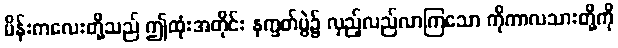
မိန်းကလေးတို့သည် ဤထုံးအတိုင်း နက္ခတ်ပွဲ၌ လှည့်လည်လာကြသော ကိုကာလသားတို့ကို